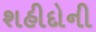
શહીદોની